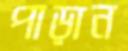
পাড়ান